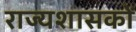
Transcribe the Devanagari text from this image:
राज्यशासकों